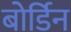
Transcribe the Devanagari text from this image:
बोर्डिन